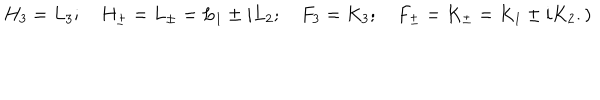
LaTeX: H _ { 3 } = L _ { 3 } ; \quad H _ { \pm } = L _ { \pm } = L _ { 1 } \pm i L _ { 2 } ; \quad F _ { 3 } = K _ { 3 } ; \quad F _ { \pm } = K _ { \pm } = K _ { 1 } \pm i K _ { 2 } . )